Leaving Certificate Examination, 1913
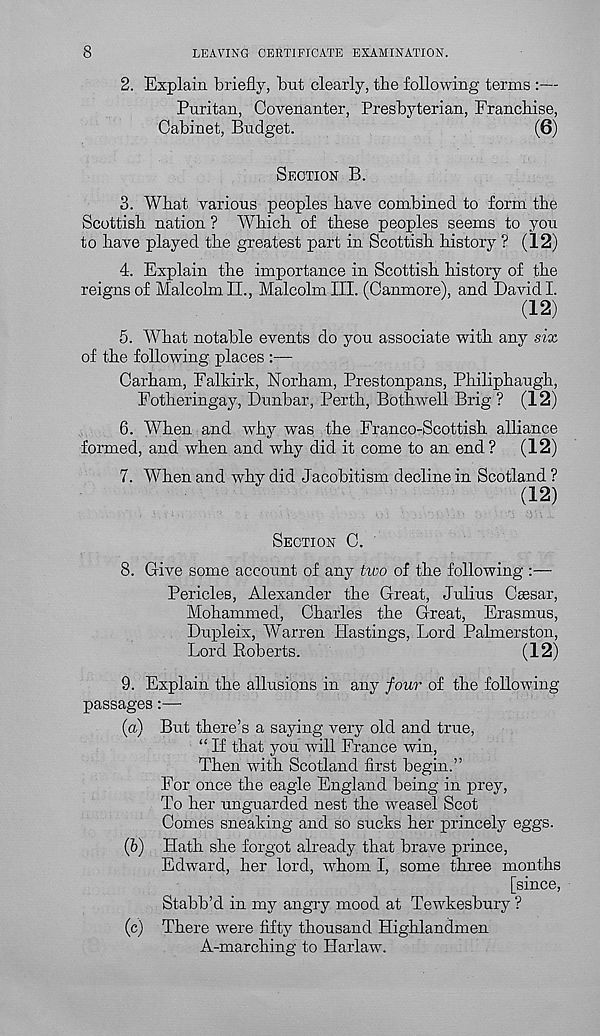
8
LEAVING CERTIFICATE EXAMINATION.
2. Explain briefly, but clearly, tbe following terms :—
Puritan, Covenanter, Presbyterian, Franchise,
Cabinet, Budget.
(6)
SECTION B.
3. What various peoples have combined to form the
Scottish nation ? Which of these peoples seems to you
to have played the greatest part in Scottish history ? (12)
4. Explain the importance in Scottish history of the
reigns of Malcolm II., Malcolm III. (Canmore), and David I.
(12)
5. What notable events do you associate with any six
of the following places :—
Carham, Falkirk, Norham, Prestonpans, Philiphaugh,
Fotheringay, Dunbar, Perth, Bothwell Brig ? (12)
6. When and why was the Franco-Scottish alliance
formed, and when and why did it come to an end? (12)
7. When and why did Jacobitism decline in Scotland ?
(12)
SECTION C.
8. Give some account of any two of the following :—
Pericles, Alexander the Great, Julius Caesar,
Mohammed, Charles the Great, Erasmus,
Dupleix, Warren Hastings, Lord Palmerston,
Lord Roberts.
(12)
9. Explain the allusions in any four of the following
passages:—
(a) But there’s a saying very old and true,
“ If that you will France win,
Then with Scotland first begin.”
For once the eagle England being in prey,
To her unguarded nest the weasel Scot
Comes sneaking and so sucks her princely eggs.
(5) Hath she forgot already that brave prince,
Edward, her lord, whom I, some three months
[since,
Stabb’d in my angry mood at Tewkesbury ?
(c) There were fifty thousand Highlandmen
A-marching to Harlaw.